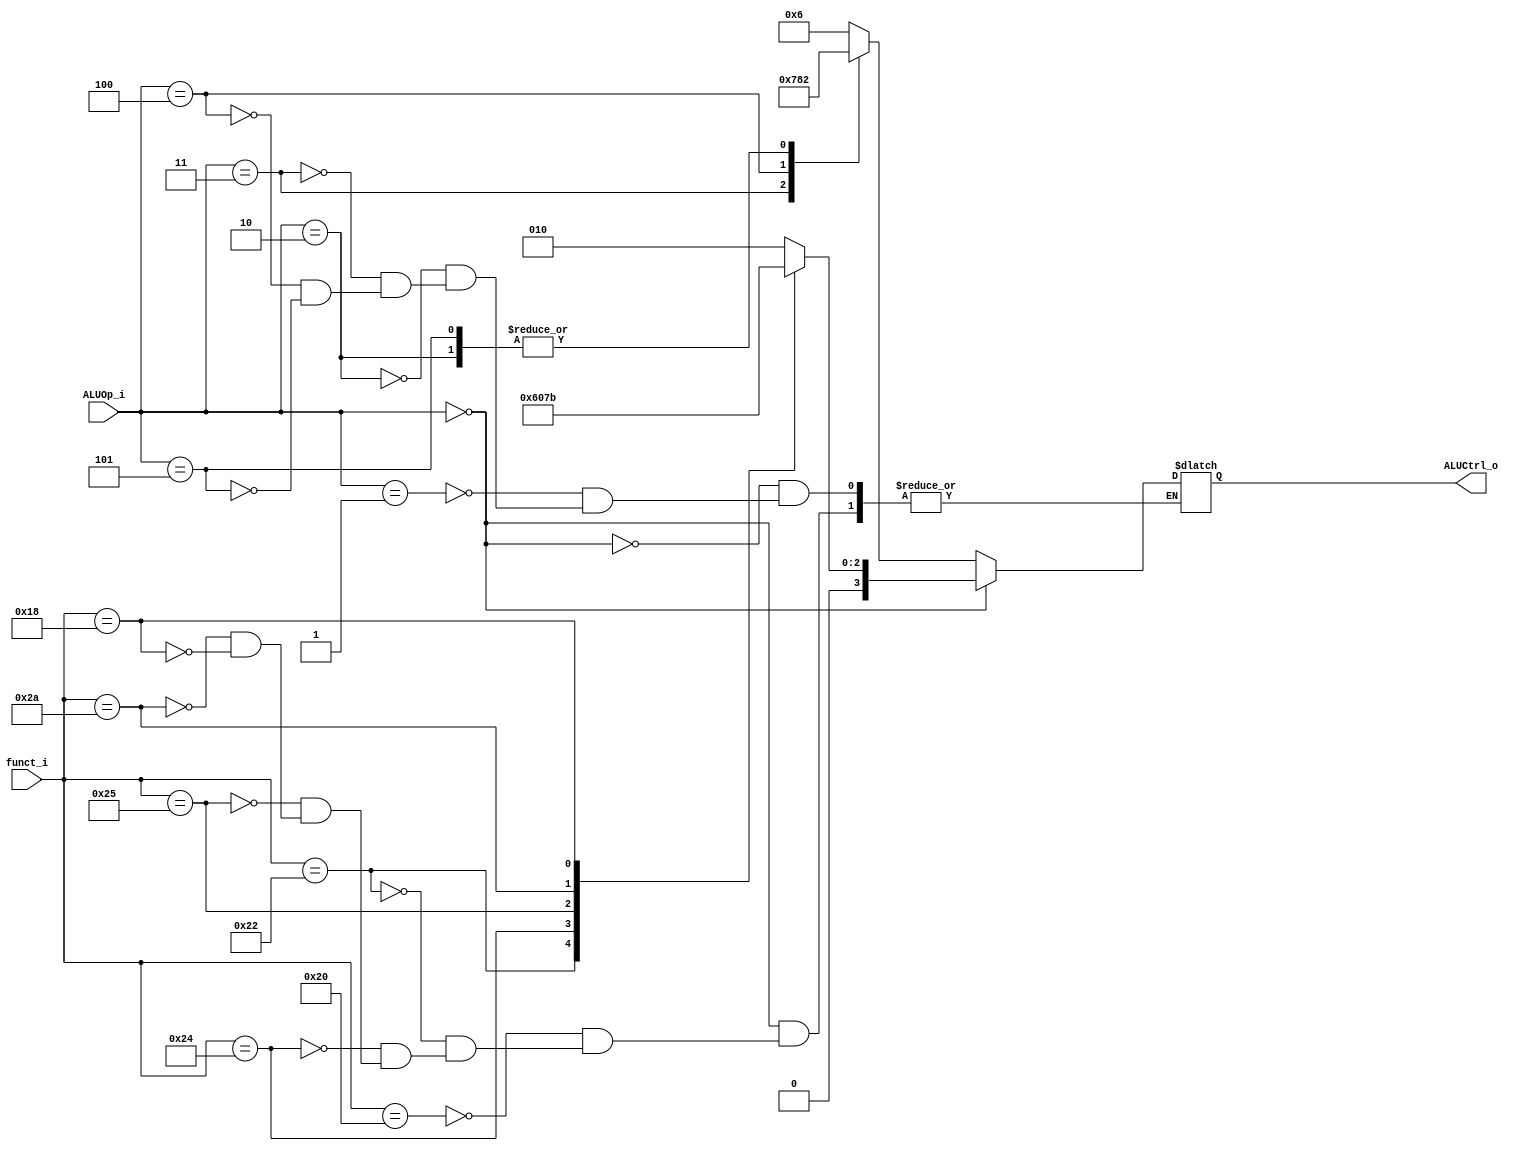
//  0516205  0516228
//Subject:     CO project 2 - ALU Controller
//--------------------------------------------------------------------------------
//Version:     1
//--------------------------------------------------------------------------------
//Writer:      
//----------------------------------------------
//Date:        
//----------------------------------------------
//Description: 
//--------------------------------------------------------------------------------

module ALU_Control(
          funct_i,
          ALUOp_i,
          ALUCtrl_o
          );
          
//I/O ports 
input      [6-1:0] funct_i;
input      [3-1:0] ALUOp_i;

output     [4-1:0] ALUCtrl_o;    
     
//Internal Signals
reg        [4-1:0] ALUCtrl_o;

//Parameter
parameter ALU_AND  = 4'd0;
parameter ALU_OR   = 4'd1;
parameter ALU_ADD  = 4'd2;
parameter ALU_SUB  = 4'd6;
parameter ALU_SLT  = 4'd7;
parameter ALU_NOR  = 4'd12;    
parameter ALU_BEQ  = 4'd6;   
parameter ALU_ADDI = 4'd2;
parameter ALU_SLTI = 4'd7;
parameter ALU_JAL = 4'd8;
parameter ALU_MULT = 4'd3;

//Select exact operation
always @(*) begin
	//R-type instrucitons 
    //ALUOp_i == 0
	if(ALUOp_i == 3'b000) begin
		case(funct_i)
			6'd32: ALUCtrl_o <= ALU_ADD;
			6'd34: ALUCtrl_o <= ALU_SUB;
			6'd36: ALUCtrl_o <= ALU_AND;
			6'd37: ALUCtrl_o <= ALU_OR;
			6'd42: ALUCtrl_o <= ALU_SLT;
			6'd24: ALUCtrl_o <= ALU_MULT;
		endcase
	end

	//I-type instrucitons
	else begin
		case(ALUOp_i) 
			3'b001: ALUCtrl_o <= ALU_BEQ;
			3'b010: ALUCtrl_o <= ALU_ADDI;
			3'b011: ALUCtrl_o <= ALU_SLTI;
			3'b100: ALUCtrl_o <= ALU_JAL; // Jump, JAL
			3'b101: ALUCtrl_o <= ALU_ADD; // LW, SW
		endcase
	end
end


endmodule